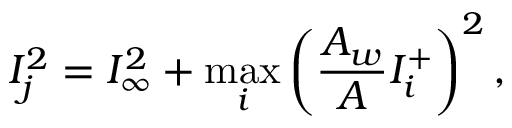
I _ { j } ^ { 2 } = I _ { \infty } ^ { 2 } + \operatorname* { m a x } _ { i } \left( \frac { A _ { w } } { A } I _ { i } ^ { + } \right) ^ { 2 } ,